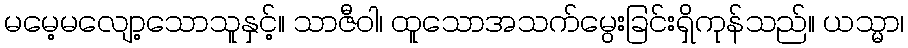
မမေ့မလျော့သောသူနှင့်။ သာဇီဝါ၊ ထူသောအသက်မွေးခြင်းရှိကုန်သည်။ ယသ္မာ၊